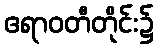
ဧရာဝတီတိုင်း၌